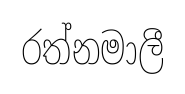
රත්නමාලී